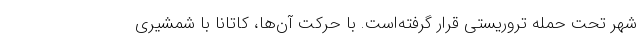
شهر تحت حمله تروریستی قرار گرفته‌است. با حرکت آن‌ها، کاتانا با شمشیری